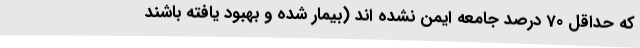
که حداقل 70 درصد جامعه ایمن نشده اند (بیمار شده و بهبود یافته باشند